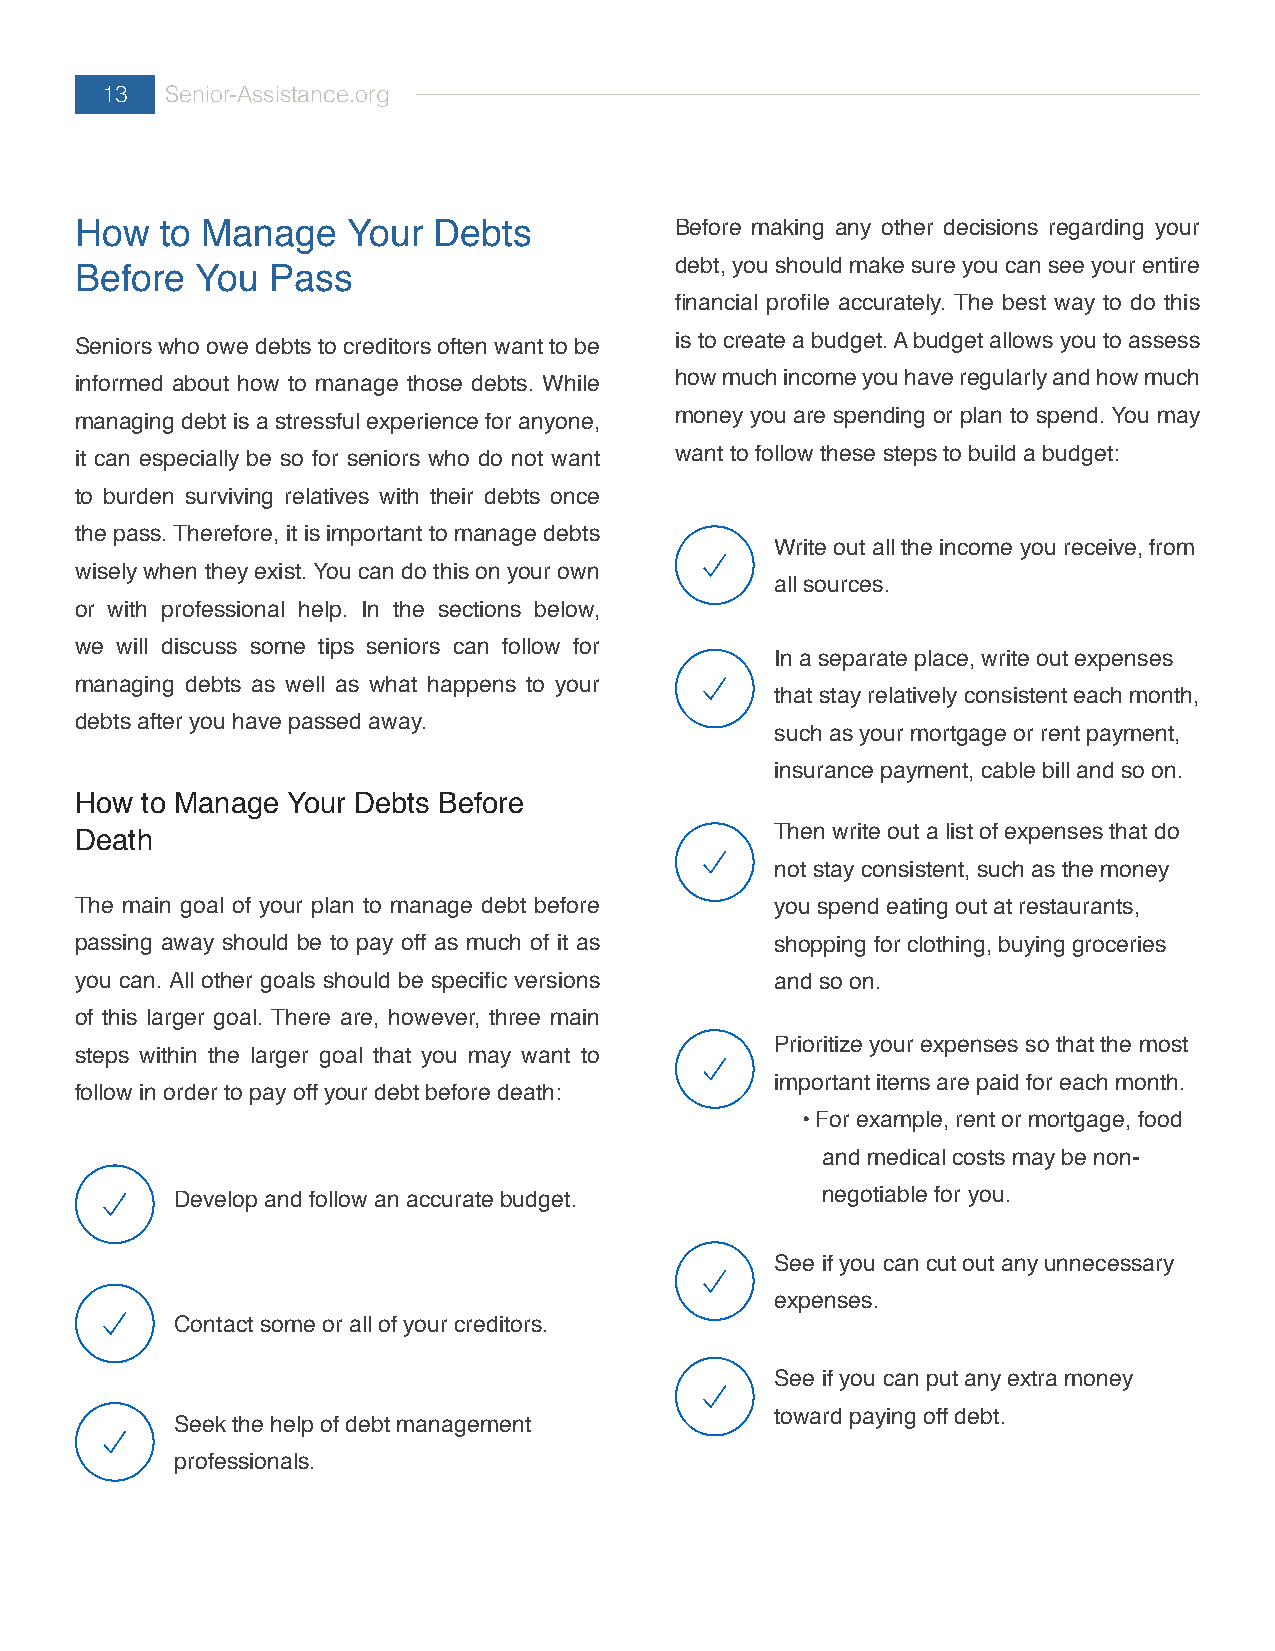
13  Senior-Assistance.org
 How   to Manage   Your  Debts           Before making any other decisions regarding your
 debt, you should make sure you can see your entire
 Before  You  Pass
 financial profile accurately. The best way to do this
 Seniors who owe debts to creditors often want to be is to create a budget. A budget allows you to assess
 informed about how to manage those debts. While how much income you have regularly and how much
 managing debt is a stressful experience for anyone, money you are spending or plan to spend. You may
 it can especially be so for seniors who do not want want to follow these steps to build a budget:
 to burden surviving relatives with their debts once
 the pass. Therefore, it is important to manage debts
 Write out all the income you receive, from
 wisely when they exist. You can do this on your own
 all sources.
 or with professional help. In the sections below,
 we will discuss some tips seniors can follow for
 In a separate place, write out expenses
 managing debts as well as what happens to your
 that stay relatively consistent each month,
 debts after you have passed away.
 such as your mortgage or rent payment,
 insurance payment, cable bill and so on.
 How to Manage Your Debts Before
 Then write out a list of expenses that do
 Death
 not stay consistent, such as the money
 The main goal of your plan to manage debt before you spend eating out at restaurants,
 passing away should be to pay off as much of it as shopping for clothing, buying groceries
 you can. All other goals should be specific versions and so on.
 of this larger goal. There are, however, three main
 Prioritize your expenses so that the most
 steps within the larger goal that you may want to
 important items are paid for each month.
 follow in order to pay off your debt before death:
 • For example, rent or mortgage, food
 and medical costs may be non-
 Develop and follow an accurate budget.    negotiable for you.
 See if you can cut out any unnecessary
 expenses.
 Contact some or all of your creditors.
 See if you can put any extra money
 toward paying off debt.
 Seek the help of debt management
 professionals.